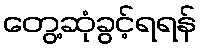
တွေ့ဆုံခွင့်ရရန်